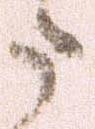
た